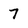
Character: 7